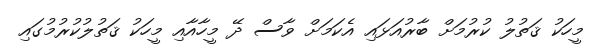
މީހަކު ޤަތުލު ކުރުމަށް ބާރުއަޅައި އެކަމަށް ވާސް ދޭ މީހާއާއި މީހަކު ޤަތުލުކުރުމުގައި